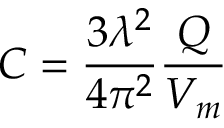
C = \frac { 3 \lambda ^ { 2 } } { 4 \pi ^ { 2 } } \frac { Q } { V _ { m } }